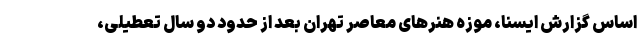
اساس گزارش ایسنا، موزه هنرهای معاصر تهران بعد از حدود دو سال تعطیلی،